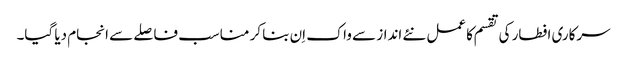
سرکاری افطار کی تقسم کا عمل نئے انداز سے واک اِن بنا کر مناسب فاصلے سے انجام دیا گیا۔